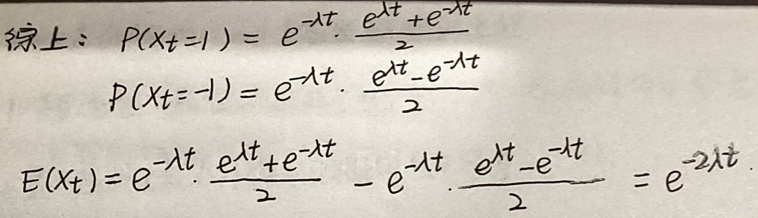
综上：
\[
\begin{align*}
P(X_t = 1)&=e^{-\lambda t} \cdot \frac{e^{\lambda t}+e^{-\lambda t}}{2}\\
P(X_t = -1)&=e^{-\lambda t} \cdot \frac{e^{\lambda t}-e^{-\lambda t}}{2}\\
E(X_t)&=e^{-\lambda t} \cdot \frac{e^{\lambda t}+e^{-\lambda t}}{2}-e^{-\lambda t} \cdot \frac{e^{\lambda t}-e^{-\lambda t}}{2}=e^{-2\lambda t}
\end{align*}
\]